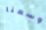
وسعنا